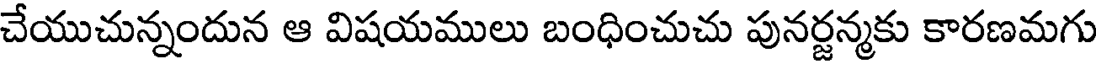
చేయుచున్నందున ఆ విషయములు బంధించుచు పునర్జన్మకు కారణమగు